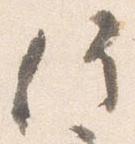
信